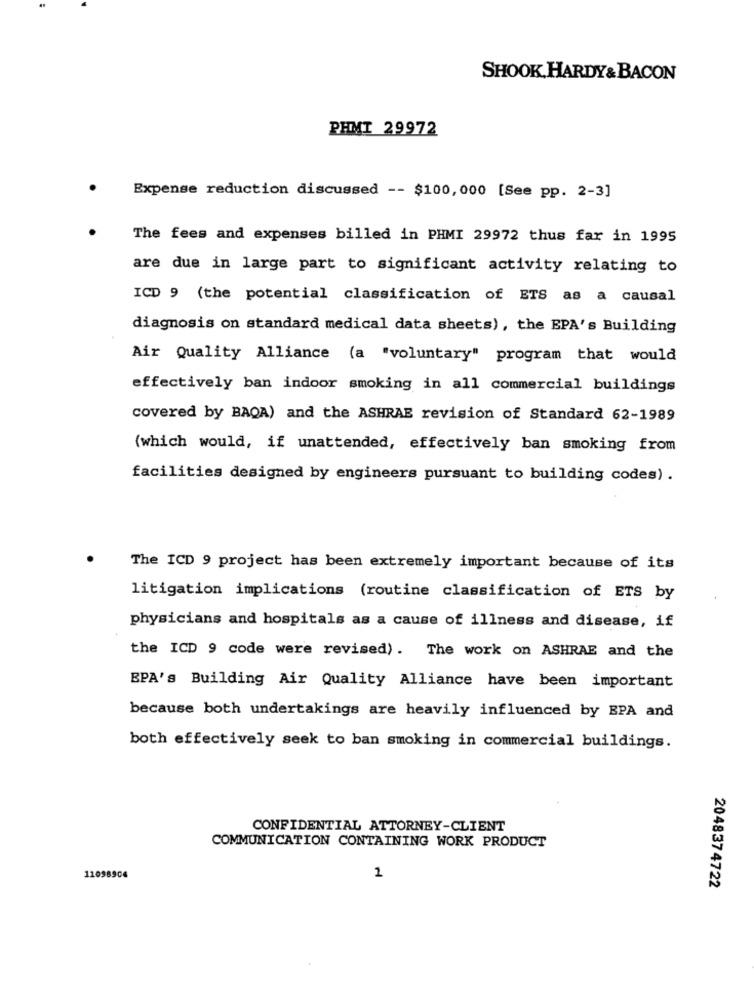
SHOOK, HARDY & BACON
PHMI 29972
Expense reduction discussed -- $100, 000 [See pp. 2-3]
The fees and expenses billed in PHMI 29972 thus far in 1995
are due in large part to significant activity relating to
ICD 9 (the potential classification of ETS as a causal
diagnosis on standard medical data sheets), the EPA's Building
Air Quality Alliance (a "voluntary" program that would
effectively ban indoor smoking in all commercial buildings
covered by BAQA) and the ASHRAE revision of Standard 62-1989
(which would, if unattended, effectively ban smoking from
facilities designed by engineers pursuant to building codes) .
The ICD 9 project has been extremely important because of its
litigation implications (routine classification of ETS by
physicians and hospitals as a cause of illness and disease, if
the ICD 9 code were revised). The work on ASHRAE and the
BPA's Building Air Quality Alliance have been important
because both undertakings are heavily influenced by EPA and
both effectively seek to ban smoking in commercial buildings.
CONFIDENTIAL ATTORNEY-CLIENT
COMMUNICATION CONTAINING WORK PRODUCT
11098904
1
2048374722